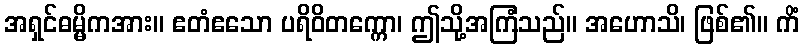
အရှင်ဓမ္မိကအား။ ဧတံဧသော ပရိဝိတက္ကော၊ ဤသို့အကြံသည်။ အဟောသိ၊ ဖြစ်၏။ ကိံ